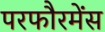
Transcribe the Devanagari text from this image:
परफौरमेंस